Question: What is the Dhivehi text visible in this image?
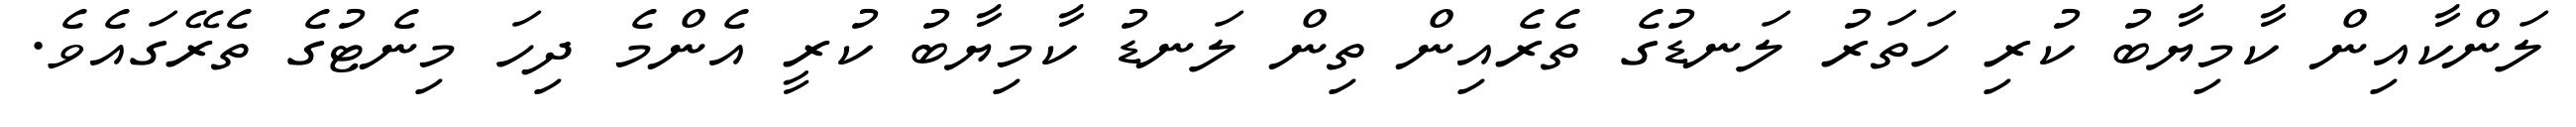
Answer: ލަންކާއިން ކާމިޔާބު ކުރި ހަތަރު ލަނޑުގެ ތެރެއިން ތިން ލަނޑު ކާމިޔާބު ކުރީ އެންމެ ދިހަ މިނެޓުގެ ތެރޭގައެވެ.